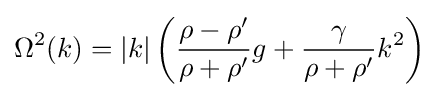
\Omega ^{2}(k)=|k|\left({\frac {\rho -\rho '}{\rho +\rho '}}g+{\frac {\gamma }{\rho +\rho '}}k^{2}\right)